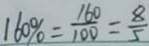
1 6 0 \% = \frac { 1 6 0 } { 1 0 0 } = \frac { 8 } { 5 }